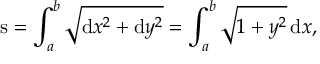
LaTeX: { \mathrm { s } } = \int _ { a } ^ { b } { \sqrt { \mathrm { d } x ^ { 2 } + \mathrm { d } y ^ { 2 } } } = \int _ { a } ^ { b } { \sqrt { 1 + y ^ { 2 } } } \, \mathrm { d } x ,